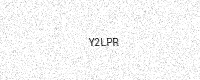
Text: Y2LPR